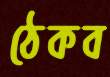
ঠেকব